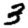
Digit: 3